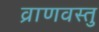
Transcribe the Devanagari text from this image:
व्राणवस्तु